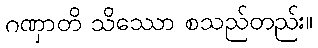
ဂဏှာတိ သိဿော စသည်တည်း။